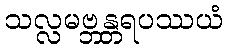
သလ္လမဗ္ဘန္တရပဿယံ